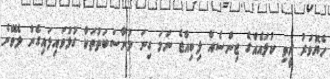
ހެޔޮވަރު ރީތި ކުލައެއްގެ ޖިންސެއް ލިބިއްޖެ ނަމަ ގިނަ މުނާސަބަތުތަކާ ގުޅުވައިލައިގެން ލެވޭނެ